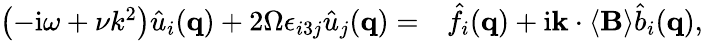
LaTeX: \begin{array}{rl}{\left(-\mathrm{i}\omega+\nu k^{2}\right)\hat{u}_{i}(\mathbf{q})+2\Omega\epsilon_{i3j}\hat{u}_{j}(\mathbf{q})=}&{{}\hat{f}_{i}(\mathbf{q})+\mathrm{i}\mathbf{k}\cdot\left\langle\mathbf{B}\right\rangle\hat{b}_{i}(\mathbf{q}),}\end{array}